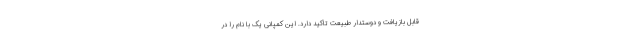
قابل بازیافت و دوستدار طبیعت تاکید دارد. این کمپانی یک با نام را در